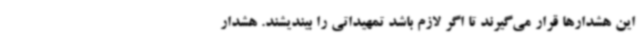
این هشدارها قرار می‌گیرند تا اگر لازم باشد تمهیداتی را بیندیشند. هشدار